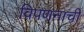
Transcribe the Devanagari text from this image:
विपणनाची